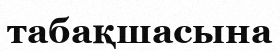
табақшасына